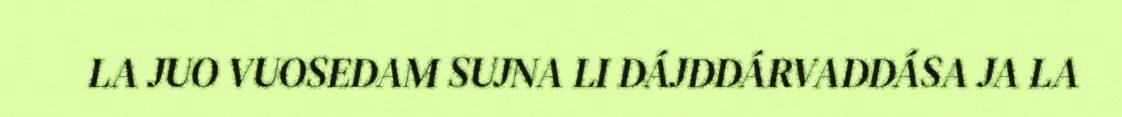
LA JUO VUOSEDAM SUJNA LI DÁJDDÁRVADDÁSA JA LA